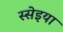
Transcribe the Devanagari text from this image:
स्सेइया